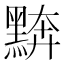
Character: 𪑖